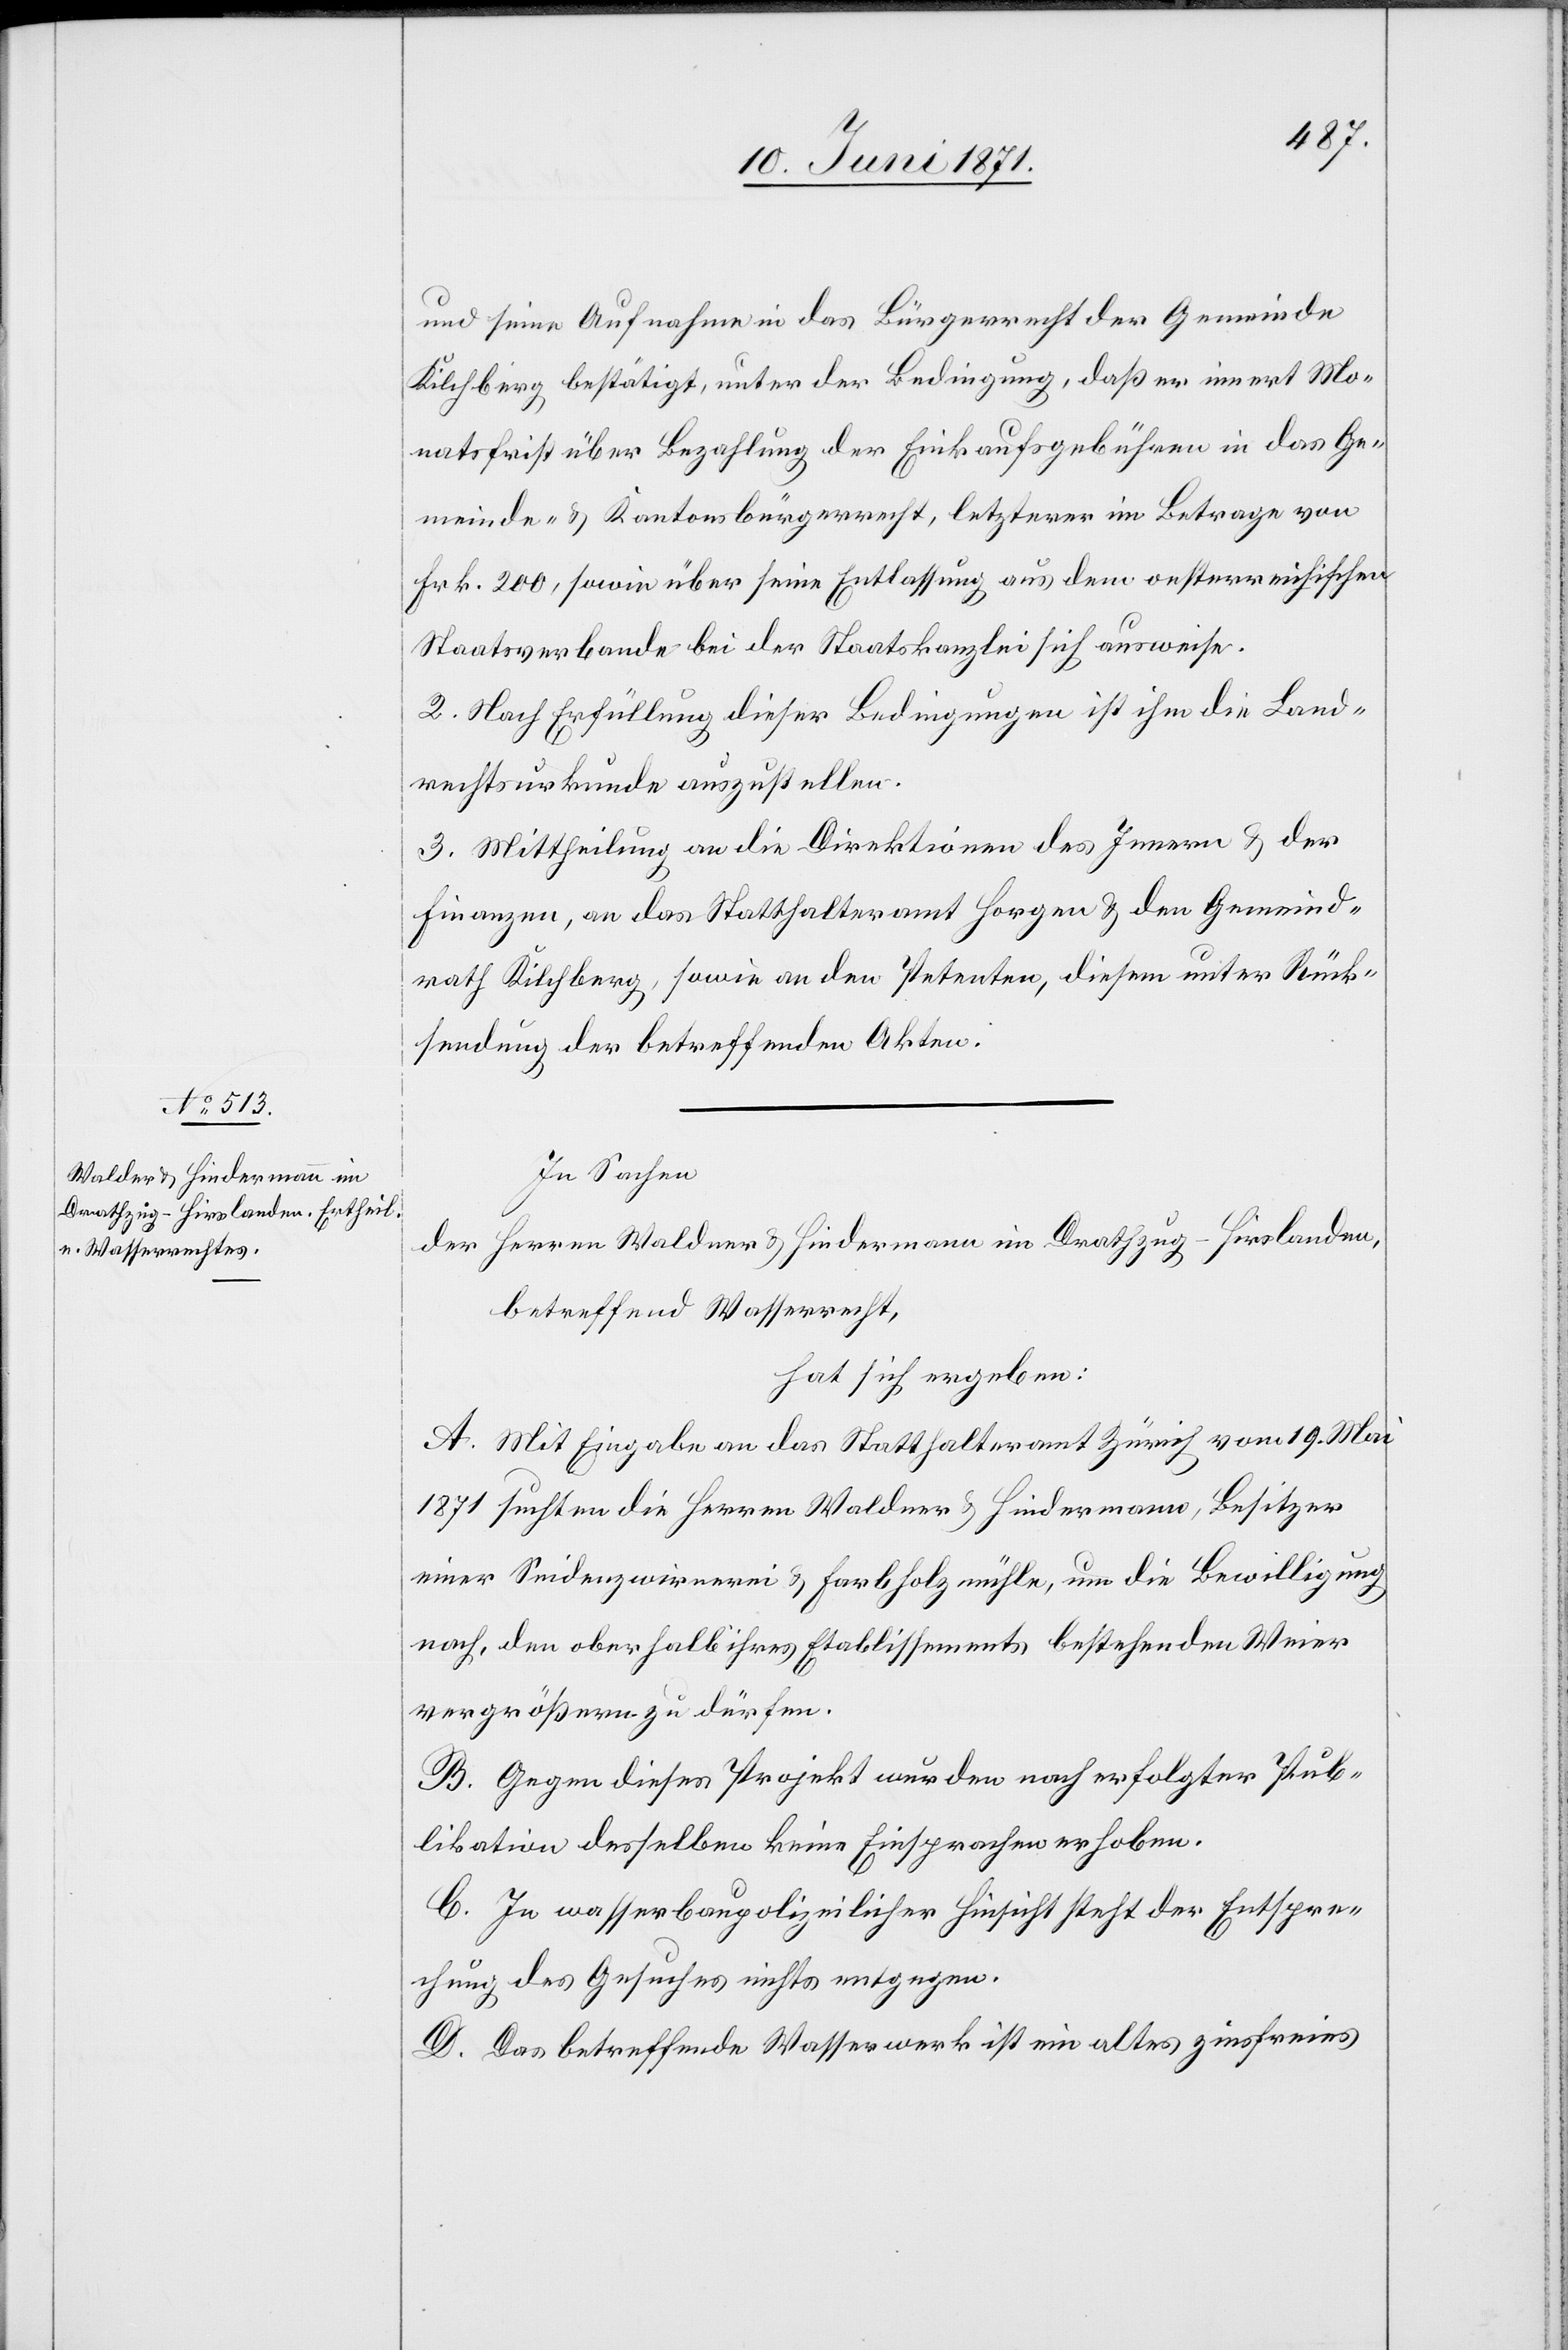
und seine Aufnahme in das Bürgerrecht der Gemeinde
Kilchberg bestätigt, unter der Bedingung, daß er innert Mo¬
natsfrist über Bezahlung der Einkaufsgebühren in das Ge¬
meinde- u Kantonsbürgerrecht, letzterer im Betrage von
Frk. 200, sowie über seine Entlassung aus dem oesterreichischen
Staatsverbande bei der Staatskanzlei sich ausweise.
2. Nach Erfüllung dieser Bedingungen ist ihm die Land¬
rechtsurkunde auszustellen.
3. Mittheilung an die Direktion des Innern u. der
Finanzen, an das Statthalteramt Horgen u. den Gemeind¬
rath Kilchberg, sowie an den Petenten, diesem unter Rück¬
sendung der betreffenden Akten.
In Sachen
der Herren Waldner [sic!] u. Hindermann im Drathzug-Hirslanden,
betreffend Wasserrecht,
hat sich ergeben:
A. Mit Eingabe an das Statthalteramt Zürich vom 19. Mai
1871 suchten die Herren Waldner u. Hindermann, Besitzer
einer Seidenzwirnerei u. Farbholzmühle, um die Bewilligung
nach, den oberhalb ihres Etablissements bestehenden Weier
vergrößern zu dürfen.
B. Gegen dieses Projekt wurden nach erfolgter Pub¬
likation desselben keine Einsprachen erhoben.
C. In wasserbaupolizeilicher Hinsicht steht der Entspre¬
chung des Gesuches nichts entgegen.
D. Das betreffende Wasserwerk ist ein altes zinsfreies